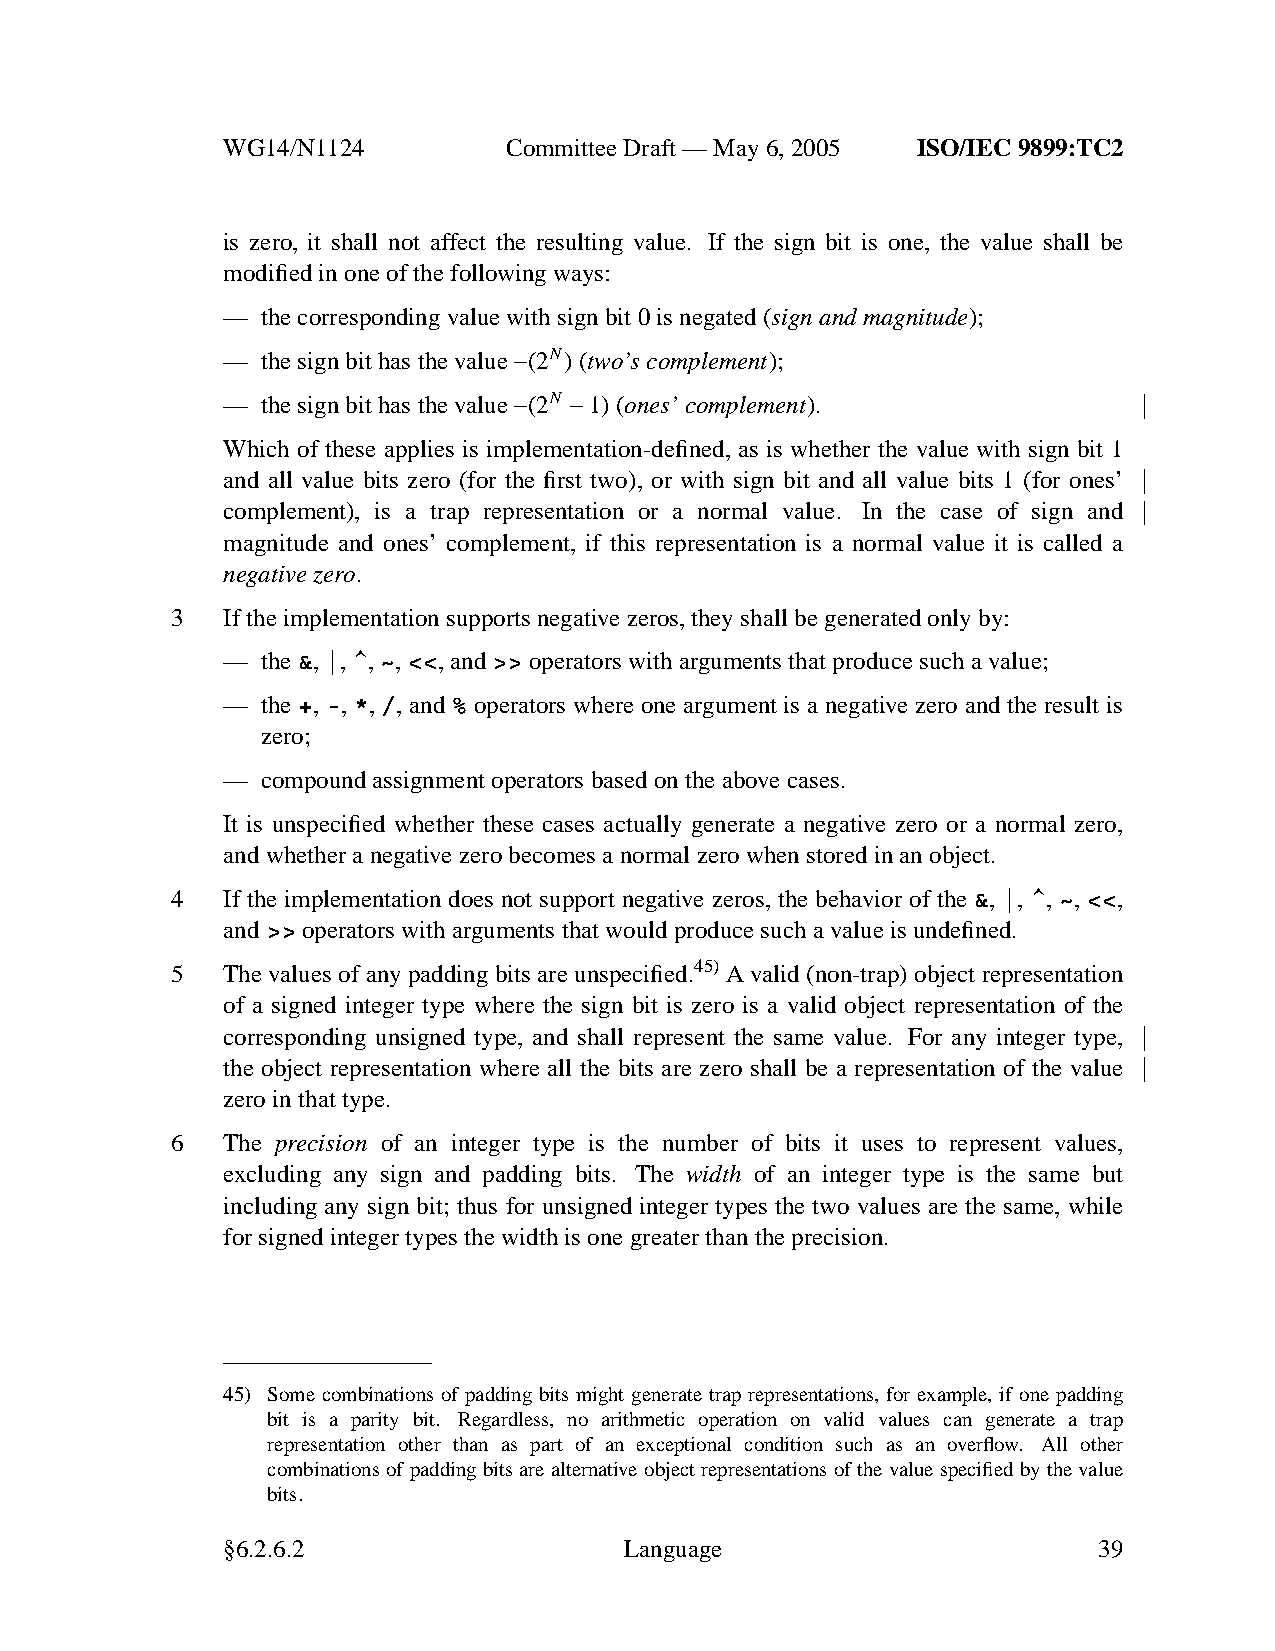
WG14/N1124        CommitteeDraft — May 6, 2005 ISO/IEC 9899:TC2
 is zero, it shall not affect the resulting value. If the sign bit is one, the value shall be
 modified in one of the following ways:
 — the corresponding value with sign bit 0 is negated (sign and magnitude);
 — the sign bit has the value −(2N)(two’scomplement);
 — the sign bit has the value −(2N −1) (ones’ complement).
 Which of these applies is implementation-defined, as is whether the value with sign bit 1
 and all value bits zero (for the first two), or with sign bit and all value bits 1 (for ones’
 complement), is a trap representation or a normal value. In the case of sign and
 magnitude and ones’ complement, if this representation is a normal value it is called a
 negative zero.
 3   If the implementation supports negative zeros, theyshall be generated only by:
 — the&,|,^,~,<<,and>> operators with arguments that produce such a value;
 — the +, -, *, /, and % operators where one argument is a negative zero and the result is
 zero;
 — compound assignment operators based on the above cases.
 It is unspecified whether these cases actually generate a negative zero or a normal zero,
 and whether a negative zero becomes a normal zero when stored in an object.
 4   If the implementation does not support negative zeros, the behavior of the &, |, ^, ~, <<,
 and>> operators with arguments that would produce such a value is undefined.
 5   The values of any padding bits are unspecified.45) A valid (non-trap) object representation
 of a signed integer type where the sign bit is zero is a valid object representation of the
 corresponding unsigned type, and shall represent the same value. For any integer type,
 the object representation where all the bits are zero shall be a representation of the value
 zero in that type.
 6   The precision of an integer type is the number of bits it uses to represent values,
 excluding any sign and padding bits. The width of an integer type is the same but
 including any sign bit; thus for unsigned integer types the two values are the same, while
 for signed integer types the width is one greater than the precision.
 45) Some combinations of padding bits might generate trap representations, for example, if one padding
 bit is a parity bit. Regardless, no arithmetic operation on valid values can generate a trap
 representation other than as part of an exceptional condition such as an overflow. All other
 combinations of padding bits are alternative object representations of the value specified by the value
 bits.
 §6.2.6.2                  Language                        39